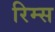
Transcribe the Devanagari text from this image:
रिम्स